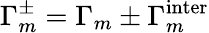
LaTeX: \Gamma_{m}^{\pm}=\Gamma_{m}\pm\Gamma_{m}^{\mathrm{inter}}